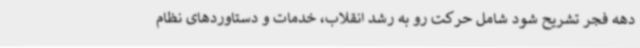
دهه فجر تشریح شود شامل حرکت رو به رشد انقلاب، خدمات و دستاوردهای نظام